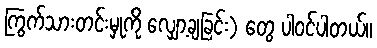
ကြွက်သားတင်းမှုကို လျှော့ချခြင်း) တွေ ပါဝင်ပါတယ်။